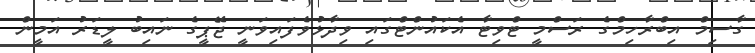
ގާސިމް އިބްރާހިމްގެ ރަސްމީ ޓްވިޓާ އެކައުންޓްގައި ވިދާޅުވެފައިވަނީ ޖޭޕީގެ ނައިބު ލީޑަރު އަމީން